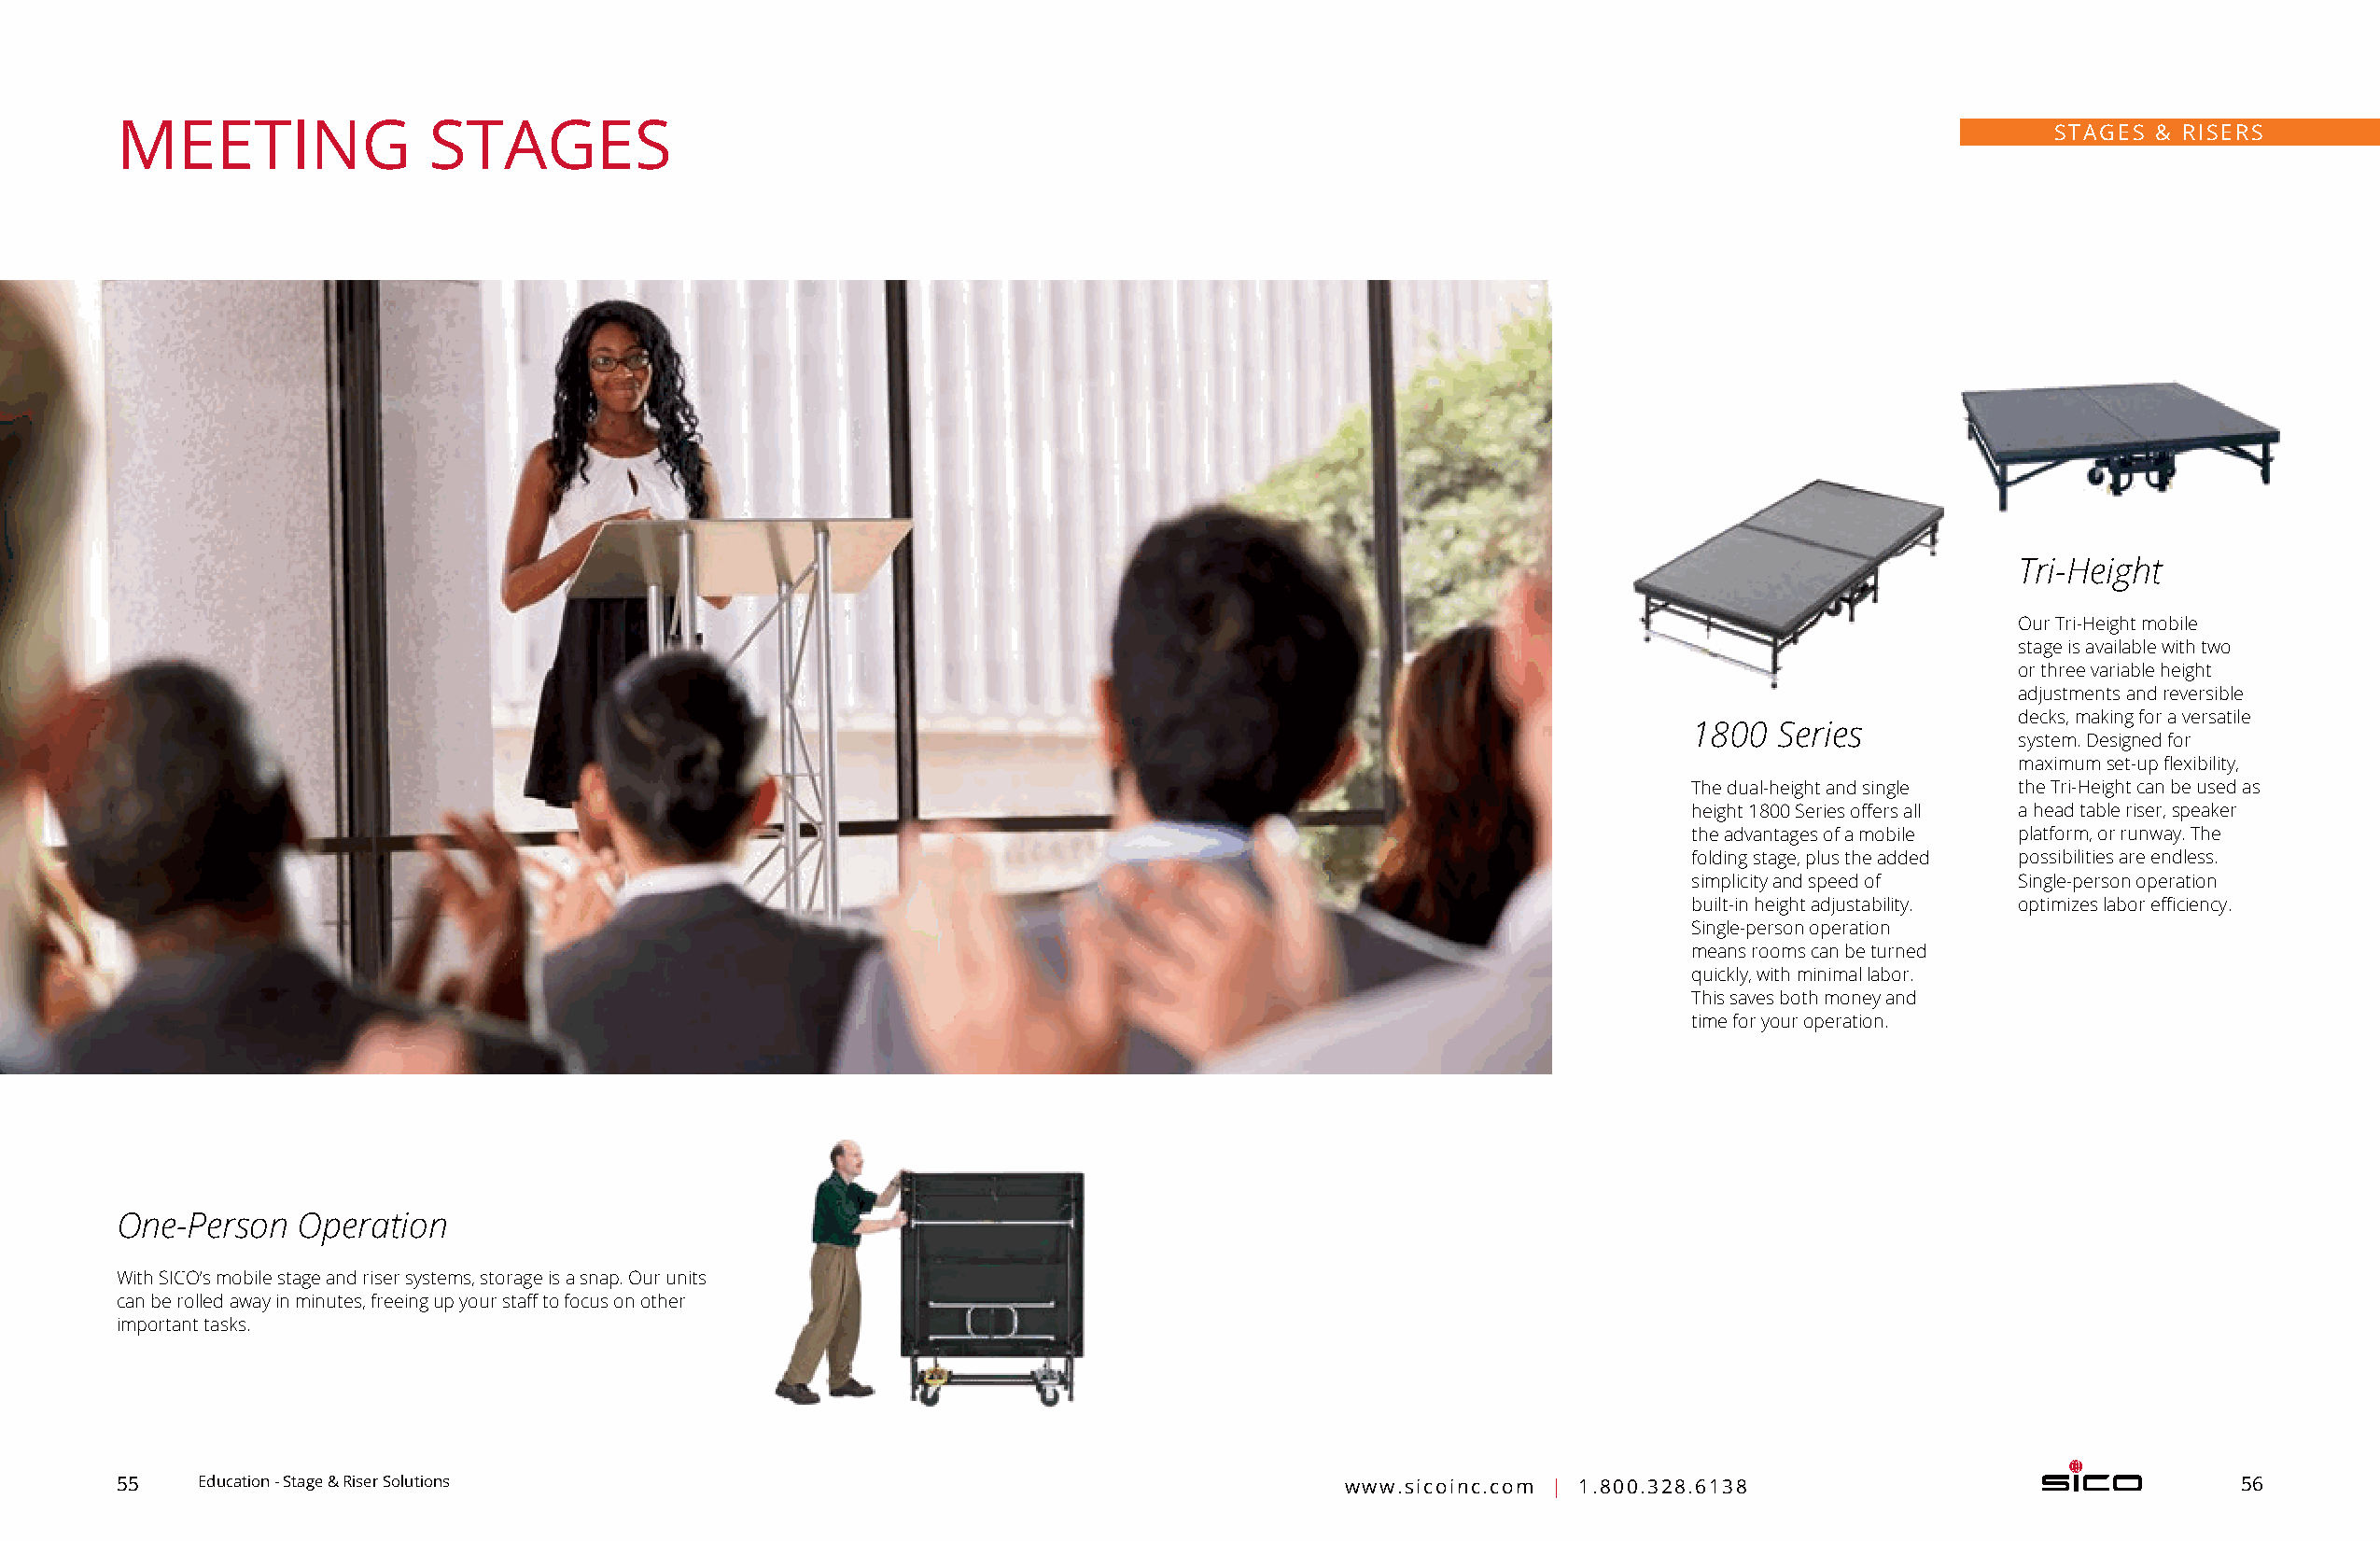
MEETING               STAGES                                                                                                              STAGES & RISERS
 Tri-Height
 Our Tri-Height mobile
 stage is available with two
 or three v ariable height
 adjustments and r eversible
 decks, m aking for a v ersatile
 1800  Series
 system. D esigned for
 maximum s et-up fl exibility,
 The dual-height and single the T ri-Height can be used as
 height 1800 Series offers all a head table riser, s peaker
 the advantages of a m obile platform, or runway. The
 folding stage, plus the a dded possibilities are endless.
 simplicity and speed of Single-person operation
 built-in height a djustability. optimizes labor efficiency.
 Single-person operation
 means rooms can be turned
 quickly, with minimal labor.
 This saves both money and
 time for your operation.
 One-Person   Operation
 With SICO’s mobile stage and riser systems, storage is a snap. Our units
 can be rolled away in minutes, freeing up your staff to focus on other
 important tasks.
 55    Education - Stage & Riser Solutions                                              www.sicoinc.com | 1.800.328.6138                                56